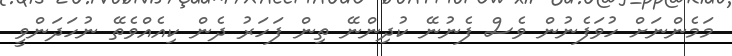
މަމެންނަށް ހުވަފެނުން ވެސް ފެނުނޭ ކުދިންނޭ ތިން ފަހަރު ދެން ކިއެއްވެތޭ ނުހަދަންވީ